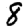
Digit: 8